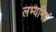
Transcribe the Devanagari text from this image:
लभ्यमिदं